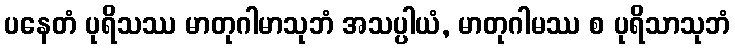
ပနေတံ ပုရိသဿ မာတုဂါမာသုဘံ အသပ္ပါယံ, မာတုဂါမဿ စ ပုရိသာသုဘံ